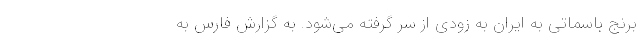
برنج باسماتی به ایران به زودی از سر گرفته می‌شود. به گزارش فارس به